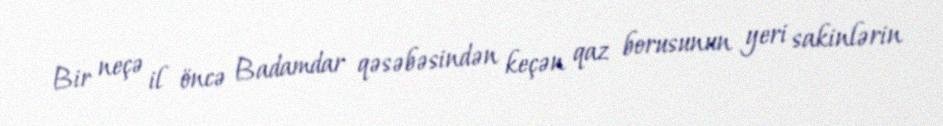
Bir neçə il öncə Badamdar qəsəbəsindən keçən qaz borusunun yeri sakinlərin